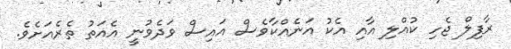
ރާފިލް ޖެހި ކުއްލި އާއި އެކު އަނެއްކާވެސް އައިސް ވަދެވުނީ އެއަތު ތެރެއަށެވެ.